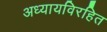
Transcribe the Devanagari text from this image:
अध्यायविरहित